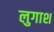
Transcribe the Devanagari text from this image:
लुगाश